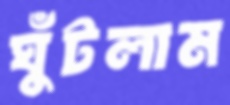
ঘুঁটলাম